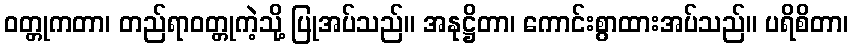
ဝတ္တုကတာ၊ တည်ရာဝတ္တုကဲ့သို့ ပြုအပ်သည်။ အနုဋ္ဌိတာ၊ ကောင်းစွာထားအပ်သည်။ ပရိစိတာ၊